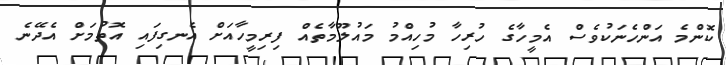
ކޮންމެ އަންހެނަކުވެސް އެމީހާގެ ހުރިހާ މުހިއްމު މައުލޫމާތެއް ފިރިމީހާއަށް އެނގިފައި އޮތުމަށް އެދޭނެ